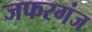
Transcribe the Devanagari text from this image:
जफरगंज